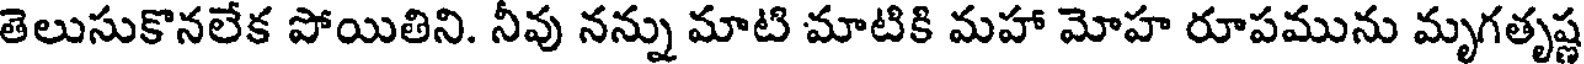
తెలుసుకొనలేక పోయితిని. నీవు నన్ను మాటి మాటికి మహా మోహ రూపమును మృగతృష్ణ